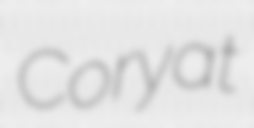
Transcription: Coryat